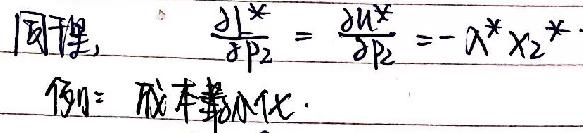
同理，$\frac{\partial l^{*}}{\partial p_{2}}=\frac{\partial u^{*}}{\partial p_{2}}=-\lambda^{*}x_{2}^{*}$
例：成本最小化.